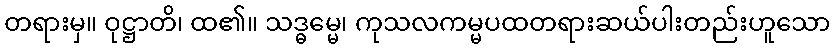
တရားမှ။ ဝုဋ္ဌာတိ၊ ထ၏။ သဒ္ဓမ္မေ၊ ကုသလကမ္မပထတရားဆယ်ပါးတည်းဟူသော